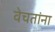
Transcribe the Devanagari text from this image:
वेचतांना